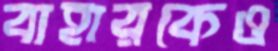
বাহারকেও